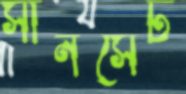
সানসেট